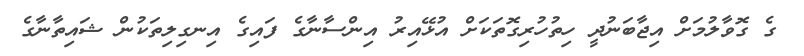
ގެ ގޮވާލުމަށް އިޖާބަނުދީ ހިތުހުރިގޮތަކަށް އުޅޭއިރު އިންސާނާގެ ފައިގެ އިނގިލިތަކުން ޝައިތާނާގެ